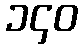
၁၄၀